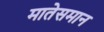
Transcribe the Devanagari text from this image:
मातेसमान